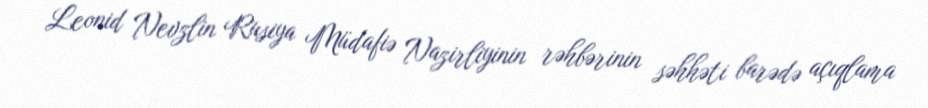
Leonid Nevzlin Rusiya Müdafiə Nazirliyinin rəhbərinin səhhəti barədə açıqlama